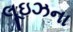
લૂઇઝના